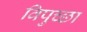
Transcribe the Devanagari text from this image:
विपुच्छा